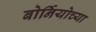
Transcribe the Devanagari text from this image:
बोर्नियोच्या